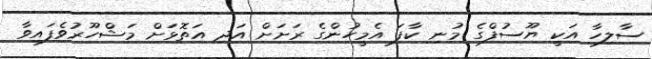
ސާލިހާ އަކީ ޔޫސުފްގެ މުނި ކާފަ އެމީހުންގެ ރަށަށް އަދި އަތޮޅަށް މަޝްހޫރުވެފައިވާ